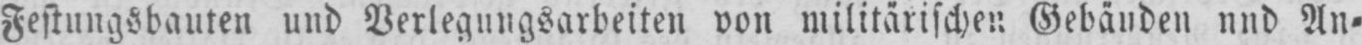
Festungsbauten und Verlegungsarbeiten von militärischen Gebäuden und An⸗